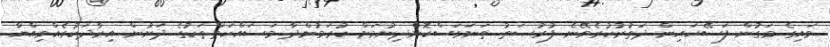
ވައިގެ މަގުން ފަސޭހައިން ދަތުރުކުރެވޭނެ ފުރުޞަތު ތަނަވަސްކޮށްދިނުމަށް ކުރަމުންދާ މަސައްކަތްތަކުގެ ދަށުން އިރާދަކުރެއްވިއްޔާ